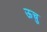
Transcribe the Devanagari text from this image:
ऊचु